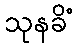
သုနခိံ